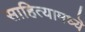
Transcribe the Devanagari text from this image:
साहित्यामध्यॆ